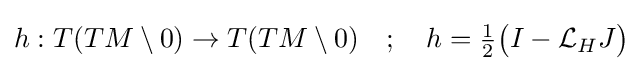
h:T(TM\setminus 0)\to T(TM\setminus 0)\quad ;\quad h={\tfrac {1}{2}}{\big (}I-{\mathcal {L}}_{H}J{\big )}